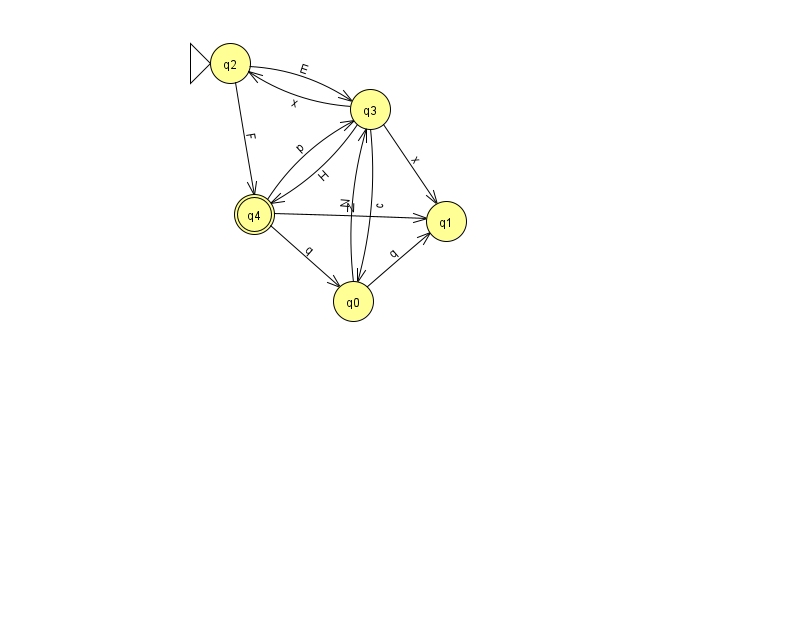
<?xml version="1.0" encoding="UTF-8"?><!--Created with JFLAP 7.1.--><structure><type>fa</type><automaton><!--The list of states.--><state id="0" name="q0"><x>353.0</x><y>288.0</y></state><state id="1" name="q1"><x>446.0</x><y>208.0</y></state><state id="2" name="q2"><x>230.0</x><y>50.0</y><initial/></state><state id="3" name="q3"><x>370.0</x><y>96.0</y></state><state id="4" name="q4"><x>254.0</x><y>201.0</y><final/></state><!--The list of transitions.--><transition><from>4</from><to>1</to><read>N</read></transition><transition><from>0</from><to>1</to><read>q</read></transition><transition><from>2</from><to>4</to><read>F</read></transition><transition><from>3</from><to>4</to><read>H</read></transition><transition><from>3</from><to>0</to><read>c</read></transition><transition><from>3</from><to>2</to><read>x</read></transition><transition><from>3</from><to>1</to><read>x</read></transition><transition><from>4</from><to>0</to><read>q</read></transition><transition><from>2</from><to>3</to><read>E</read></transition><transition><from>0</from><to>3</to><read>N</read></transition><transition><from>4</from><to>3</to><read>p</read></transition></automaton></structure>